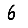
Digit: 6